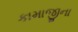
કામાજીના